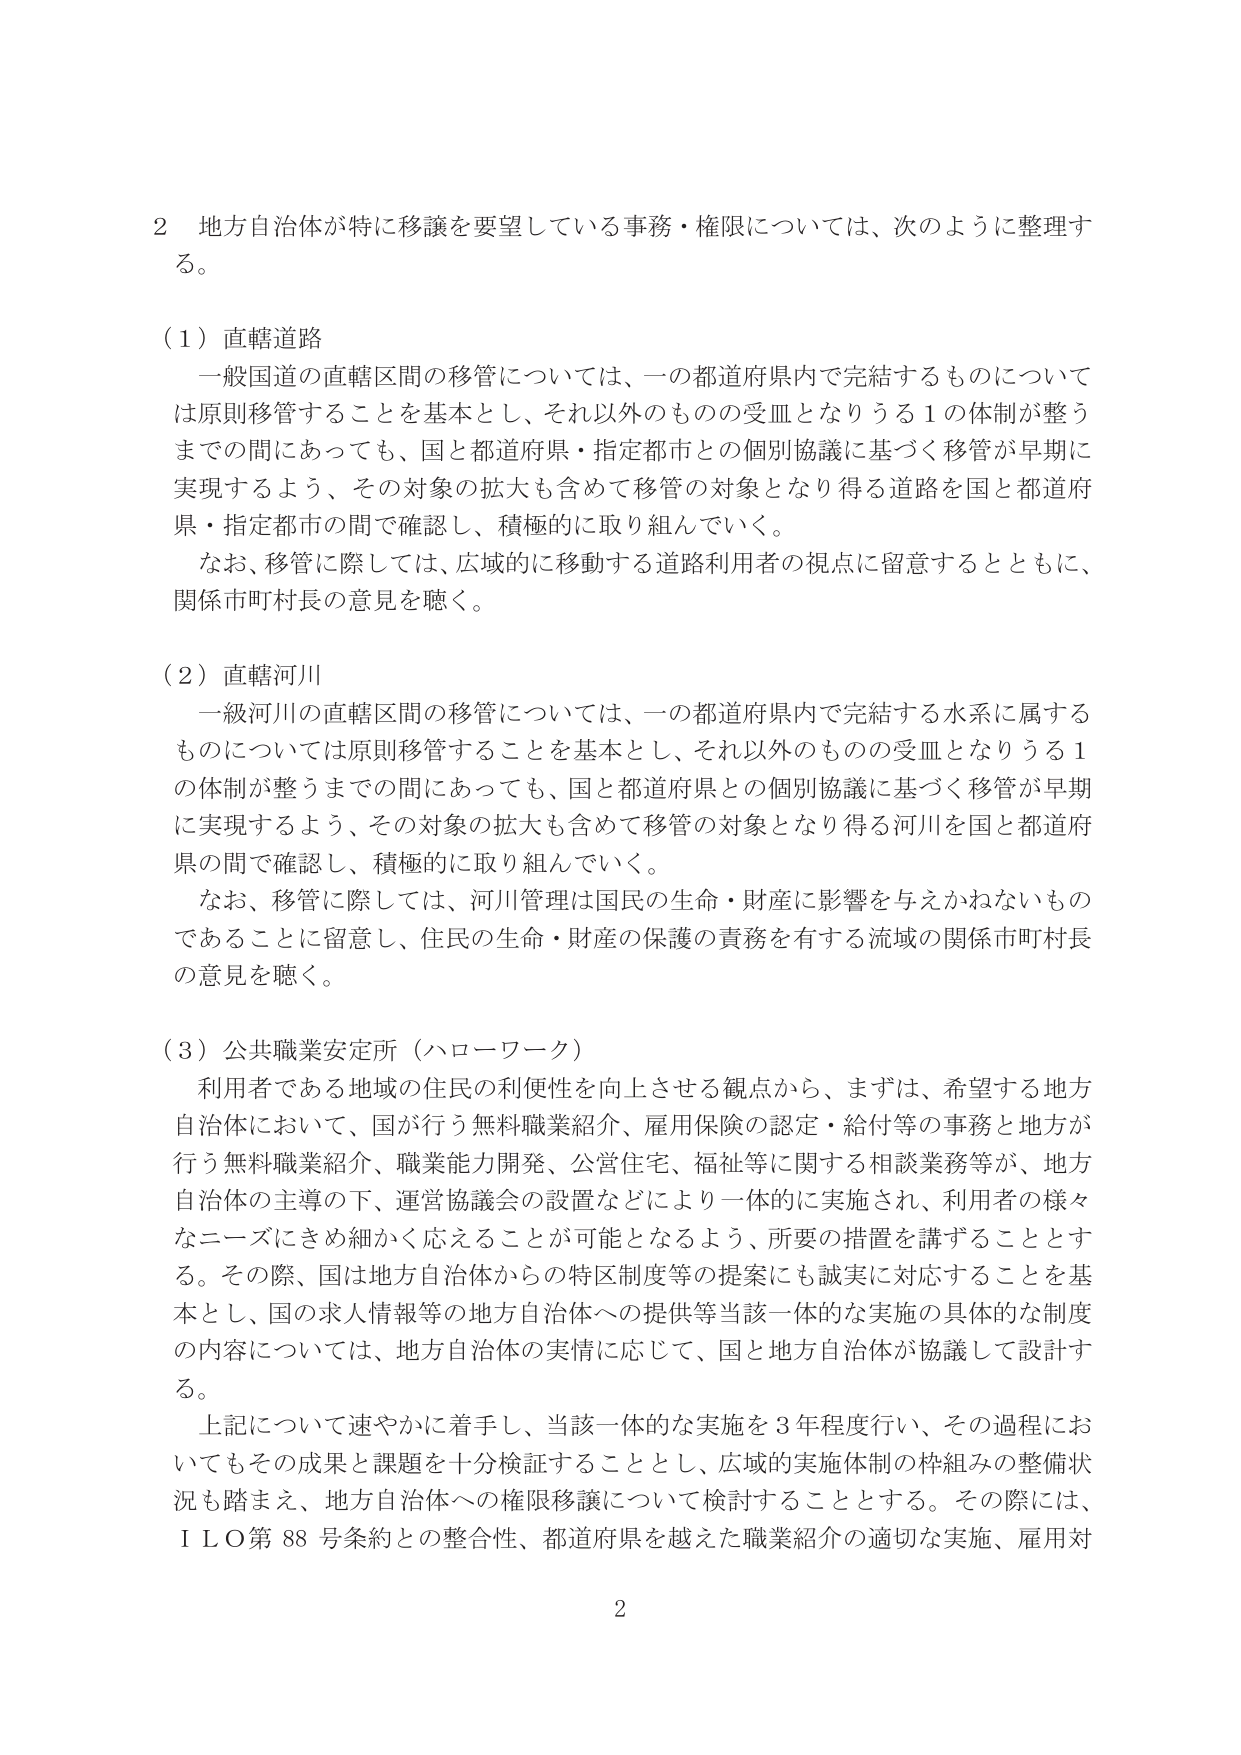
2 地方自治体が特に移譲を要望している事務・権限については、次のように整理する。

（1）直轄道路
一般国道の直轄区間の移管については、一の都道府県内で完結するものについては原則移管することを基本とし、それ以外のものの受皿となりうる1の体制が整うまでの間にもあっても、国と都道府県・指定都市との個別協議に基づく移管が早期に実現するよう、その対象の拡大も含めて移管の対象となり得る道路を国と都道府県・指定都市の間で確認し、積極的に取り組んでいく。
なお、移管に際しては、広域的に移動する道路利用者の視点に留意するとともに、関係市町村長の意見を聴く。

（2）直轄河川
一級河川の直轄区間の移管については、一の都道府県内で完結する水系に属するものについては原則移管することを基本とし、それ以外のものの受皿となりうる1の体制が整うまでの間にもあっても、国と都道府県との個別協議に基づく移管が早期に実現するよう、その対象の拡大も含めて移管の対象となり得る河川を国と都道府県の間で確認し、積極的に取り組んでいく。
なお、移管に際しては、河川管理は国民の生命・財産に影響を与えかねないものであることに留意し、住民の生命・財産の保護の責務を有する流域の関係市町村長の意見を聴く。

（3）公共職業安定所（ハローワーク）
利用者である地域の住民の利便性を向上させる観点から、まずは、希望する地方自治体において、国が行う無料職業紹介、雇用保険の認定・給付等の事務と地方が行う無料職業紹介、職業能力開発、公営住宅、福祉等に関する相談業務等が、地方自治体の主導の下、運営協議会の設置などにより一体的に実施され、利用者の様々なニーズにきめ細かく応えることが可能となるよう、所要の措置を講ずることとする。その際、国は地方自治体からの特区制度等の提案にも誠実に対応することを基本とし、国の求人情報等の地方自治体への提供等当該一体的な実施の具体的な制度の内容については、地方自治体の実情に応じて、国と地方自治体が協議して設計する。
上記について速やかに着手し、当該一体的な実施を3年程度行い、その過程においてもその成果と課題を十分検証することとし、広域的実施体制の枠組みの整備状況も踏まえ、地方自治体への権限移譲について検討することとする。その際には、ＩＬＯ第88号条約との整合性、都道府県を越えた職業紹介の適切な実施、雇用対

2